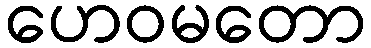
ဟေဝမတော